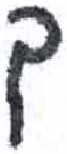
אות: ך